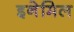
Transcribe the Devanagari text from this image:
इनेमिल